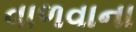
વાળવાના